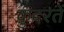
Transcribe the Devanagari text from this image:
क़ुदरतें